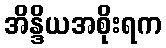
အိန္ဒိယအစိုးရက